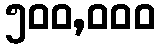
၅၀၀,၀၀၀